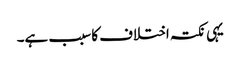
یہی نکتہ اختلاف کا سبب ہے۔